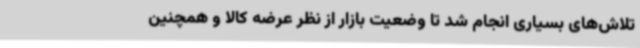
تلاش‌های بسیاری انجام شد تا وضعیت بازار از نظر عرضه کالا و همچنین